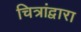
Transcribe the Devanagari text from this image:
चित्रांद्वारा